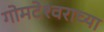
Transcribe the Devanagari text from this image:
गोमटेश्‍वराच्या